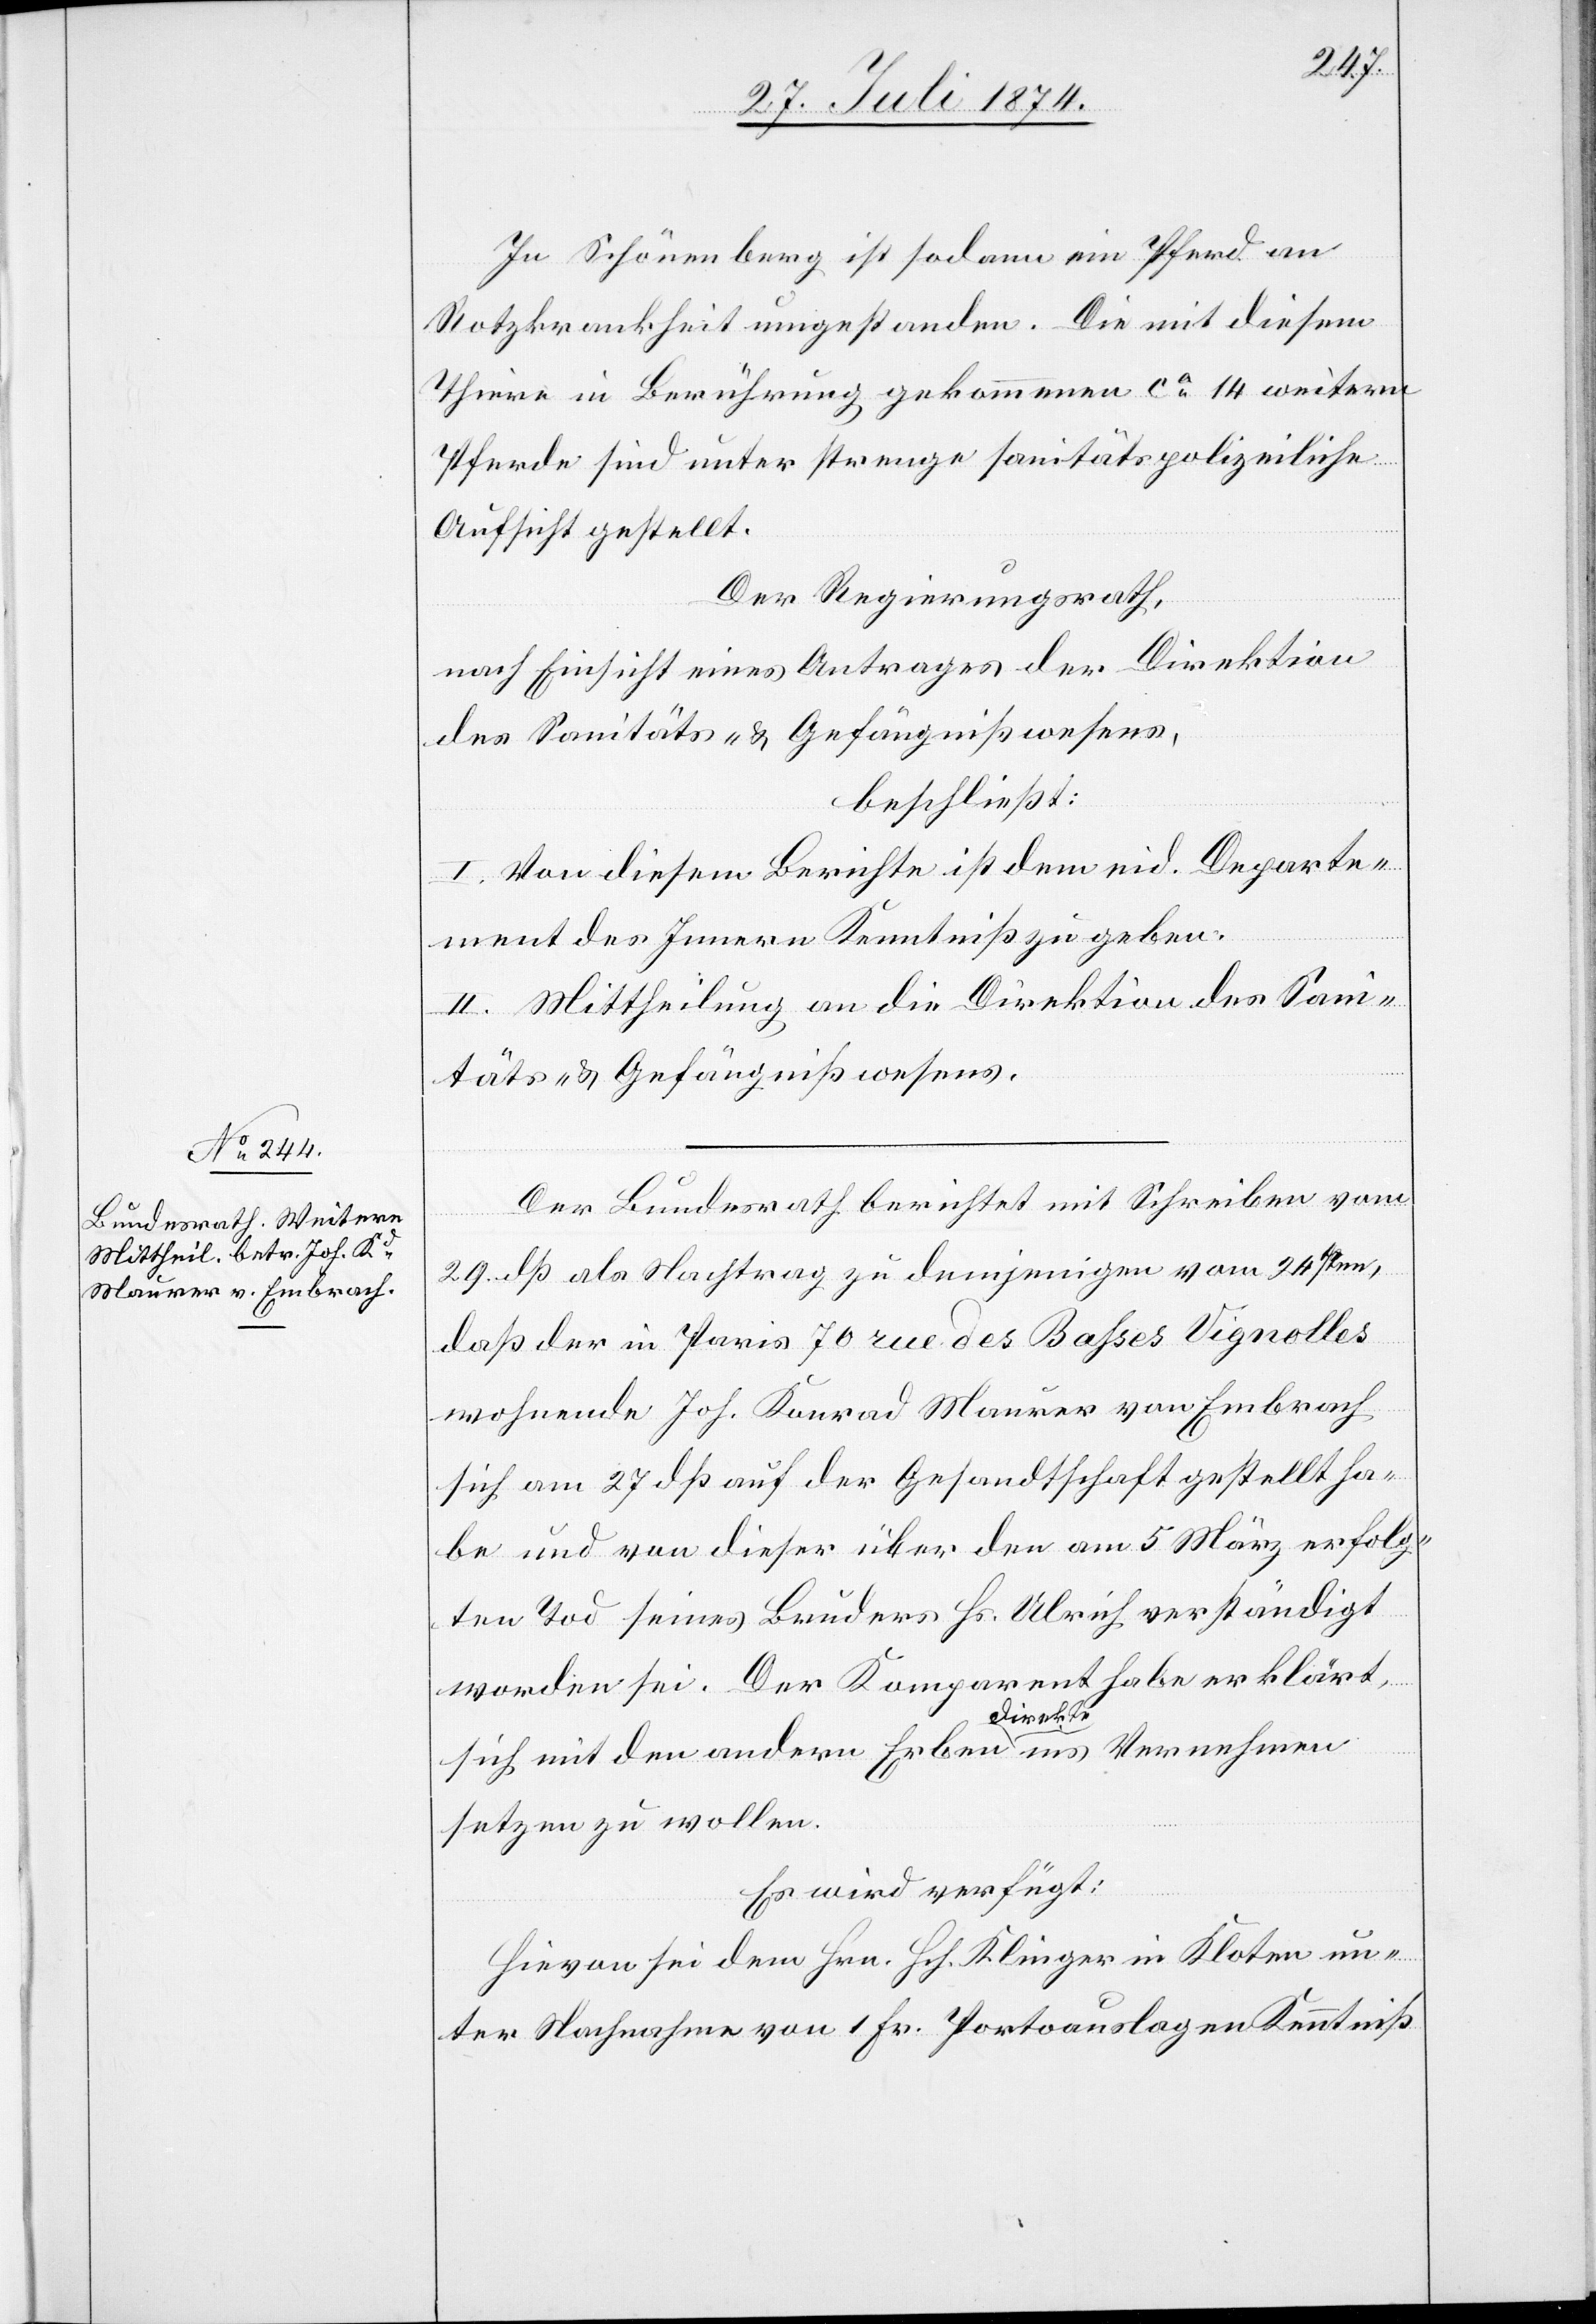
31. Juli 1874.]
In Schönenberg ist sodann ein Pferd an
Rotzkrankheit umgestanden. Die mit diesem
Thiere in Berührung gekommenen ca 14 weitern
Pferde sind unter strenge sanitätspolizeiliche
Aufsicht gestellt.
Der Regierungsrath,
nach Einsicht eines Antrages der Direktion
des Sanitäts- u. Gefängnißwesens,
beschließt:
I. Von diesem Berichte ist dem eid. Departe¬
ment des Innern Kenntniß zu geben.
II. Mittheilung an die Direktion des Sani¬
täts- u. Gefängnißwesens.
Der Bundesrath berichtet mit Schreiben vom
29. dß als Nachtrag zu dejenigen vom 24sten,
daß der in Paris 70 rue des Basses Vignolles
wohnende Joh. Konrad Maurer von Embrach
sich am 27. dß. auf der Gesandtschaft gestellt ha¬
be und von dieser über den am 5. März erfolg¬
ten Tod seines Bruders Hs. Ulrich verständigt
worden sei. Der Komparent habe erklärt,
sich mit den andern Erben direkte ins Vernehmen
setzen zu wollen.
Es wird verfügt:
Hievon sei dem Hrn. Hch. Klingen in Kloten un¬
ter Nachnahme von 1 Fr. Portoauslagen Kenntniß